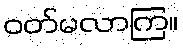
ဝတ်မလာကြ။